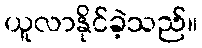
ယူလာနိုင်ခဲ့သည်။